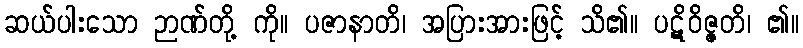
ဆယ်ပါးသော ဉာဏ်တို့ ကို။ ပဇာနာတိ၊ အပြားအားဖြင့် သိ၏။ ပဋိဝိဇ္ဇတိ၊ ၏။